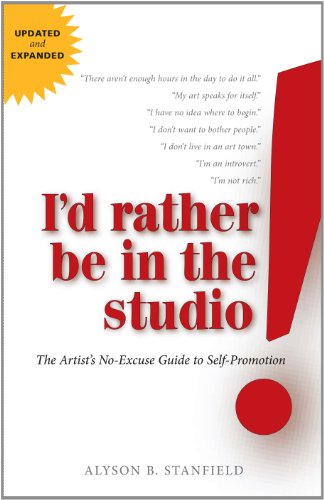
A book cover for I'd Rather Be in the Studio: The Artist's No-Excuse Guide to Self-Promotion; Alyson B. Stanfield; Arts & Photography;